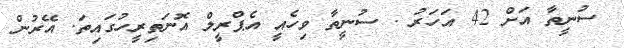
ސުނީތާ އަށް 42 އަހަރު . ސުނީތާ ވިހެއީ އެޕްރީލް އޮނަތިރީހުގައިތަ. އޭރުން